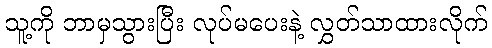
သူ့ကို ဘာမှသွားပြီး လုပ်မပေးနဲ့ လွှတ်သာထားလိုက်